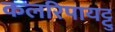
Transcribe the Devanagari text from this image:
कलरिपायट्टु